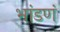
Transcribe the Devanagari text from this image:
भांडणं